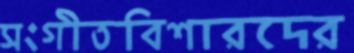
সংগীতবিশারদের